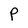
Character: P